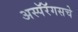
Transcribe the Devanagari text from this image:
अस्पॅरॅगसचे